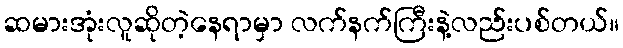
ဆမားအုံးလူဆိုတဲ့နေရာမှာ လက်နက်ကြီးနဲ့လည်းပစ်တယ်။